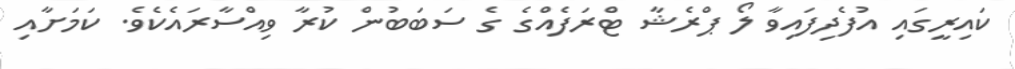
ކައިރީގައި އުފެދިފައިވާ ލޯ ޕްރެޝާ ޓްރަފެއްގެ ގެ ސަބަބުން ކުރާ ވިއްސާރައެކެވެ. ކަަަމަށާއި